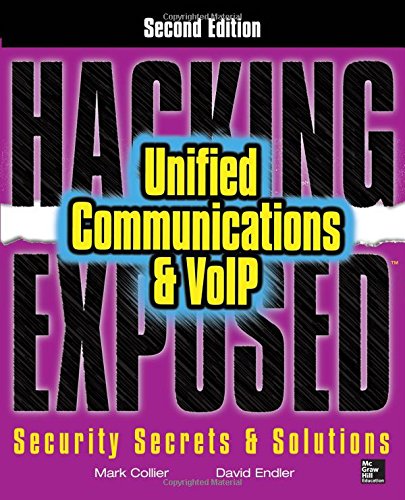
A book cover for Hacking Exposed Unified Communications & VoIP Security Secrets & Solutions, Second Edition; Mark Collier; Computers & Technology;